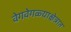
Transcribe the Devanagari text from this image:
वेगवेगळ्याक्षेत्रात